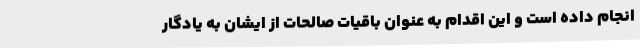
انجام داده است و این اقدام به عنوان باقیات صالحات از ایشان به یادگار